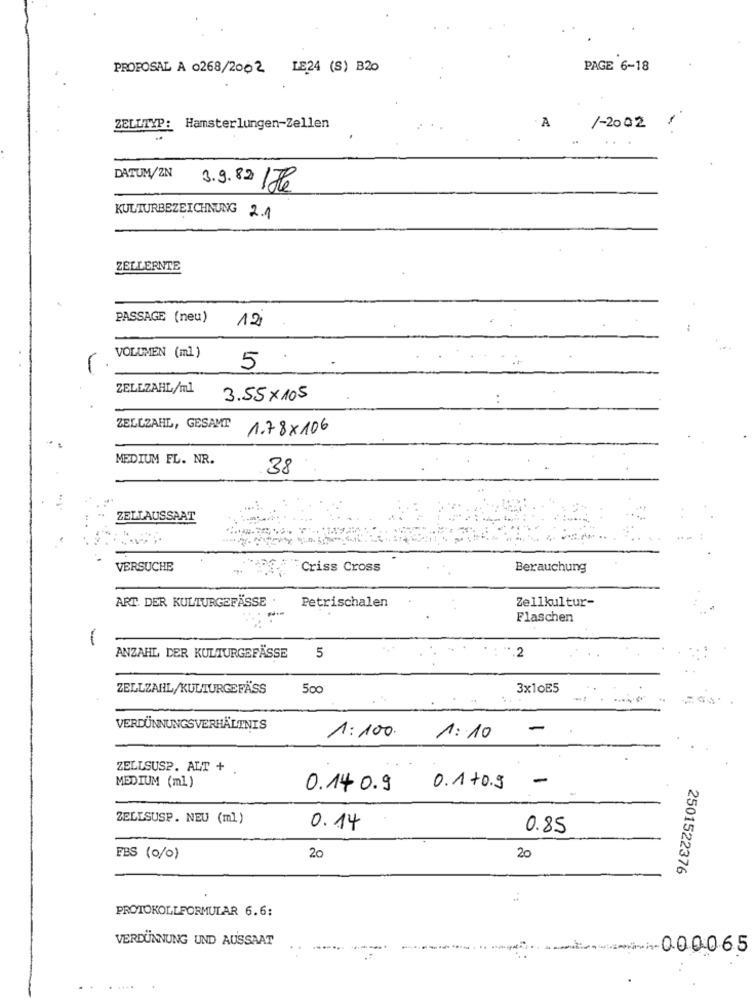
PROPOSAL A 0268/2002 LE24 (S) B20
PAGE 6-18
ZELLTYP: Hamsterlungen-Zellen
. A
1-2002 ,
DATUM/ZN
3.9.82 /76
KULTURBEZEICHNUNG 2.1
ZELLERNTE
PASSAGE (neu)
12
VOLUMEN (ml )
-
5
ZELEZAHL/ml
3.55× 105
..
ZELLZAHL, GESAMT
1.78×106
MEDIUM FL. NR.
38
ZELLAUSSAAT
VERSUCHE
Criss Cross
Berauchung
ART. DER KULTURGEFÄSSE
Zellkultur-
Petrischalen
Flaschen
-
.2
ANZAHL DER KULTURGEFÄSSE
ZELLZAHL/KULTURGEFÄSS
500
3x10E5
VERDÜNNUNGSVERHÄLTNIS
-
1:100.
1:10
ZELLSUSP. ALT + .
-
MEDIUM (ml)
0.14 0.9
0.1 +o.9
ZELLSUSP. NEU (ml)
0.14
0.85
EBS (0/0)
20
20
2501522376
PROTOKOLLFORMULAR 6.6:
VERDÜNNUNG UND AUSSAAT
wann-in-000065